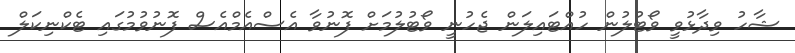
ޝާހު ވިދާޅުވީ ވޯޓުލުން ހުއްޓައިލަން ޖެހުނީ ވޯޓުލުމަށް ފޮނުވާ އެސްއެމްއެސް ފޮނުވުމުގައި ޓެކްނިކަލް